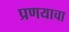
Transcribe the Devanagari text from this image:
प्रणयाचा